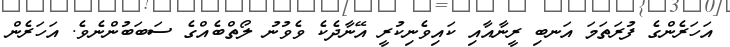
އަހަރެންގެ ފުރަތަމަ އަނބި ރީނާއާއި ކައިވެނިކުރީ އޭނާދެކެ ވެވުނު ލޯތްބެއްގެ ސަބަބުންނެވެ. އަހަރެން